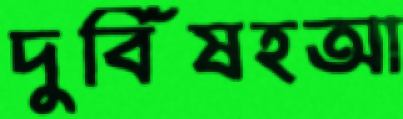
দুর্বিষহআ